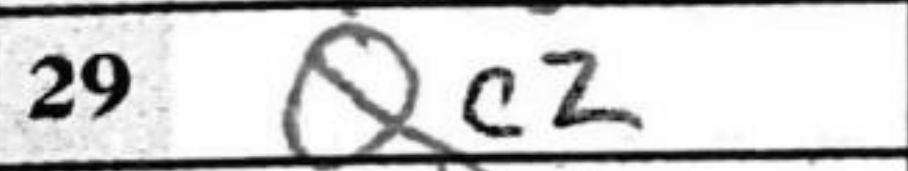
Transcription: Qc2